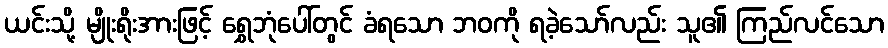
ယင်းသို့ မျိုးရိုးအားဖြင့် ရွှေဘုံပေါ်တွင် ခံရသော ဘဝကို ရခဲ့သော်လည်း သူ၏ ကြည်လင်သော